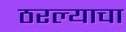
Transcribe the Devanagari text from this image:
ठरल्याचा